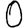
Digit: 0